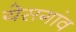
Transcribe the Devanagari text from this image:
येसगांव